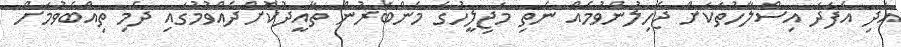
އަދި އެފަދަ އިސްލާހުތަކަށް ޖެހިލުންވުމެއް ނެތި މަޖިލީހުގެ މެންބަރުން ތާއީދުކޮށްދެއްވުމުގައި ދެމި ތިއްބެވުމަށް